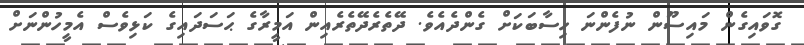
ގޮވައިގެން މައިސޫން ނުފެންނަ ހިސާބަކަށް ގެންދެއެވެ. ދޭތެރެދޭތެރެއިން އަމީރާގެ ޙަސަދައިގެ ކަޅިވެސް އެމީހުންނަށް